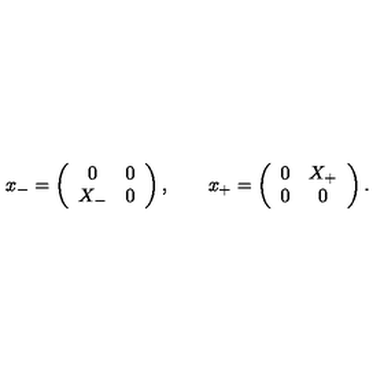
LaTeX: x _ { - } = \left( \begin{array} { c c } { 0 } & { 0 } \\ { X _ { - } } & { 0 } \\ \end{array} \right) , \qquad x _ { + } = \left( \begin{array} { c c } { 0 } & { X _ { + } } \\ { 0 } & { 0 } \\ \end{array} \right) .